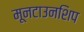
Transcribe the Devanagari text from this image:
मूनटाउनशिप